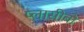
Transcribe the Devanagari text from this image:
प्लासीबो